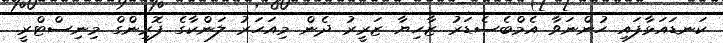
ކަނޑައަޅާފައި ހުންނަވާ އެމްބެސެޑަރު ޒާހިޔާ ޒަރީރު ދެން މިއަހަރު ލަންކާގެ ފޮރިންގް މިނިސްޓްރީ